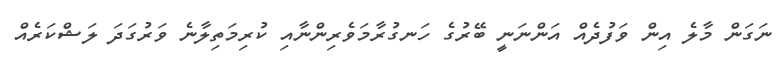
ނަގަން މާލެ އިން ވަފުދެއް އަންނަނީ ބޭރުގެ ހަނގުރާމަވެރިންނާއި ކުރިމަތިލާނެ ވަރުގަދަ ލަޝްކަރެއް